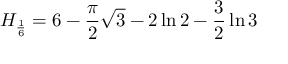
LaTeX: H _ { \frac { 1 } { 6 } } = 6 - { \frac { \pi } { 2 } } { \sqrt { 3 } } - 2 \ln { 2 } - { \frac { 3 } { 2 } } \ln { 3 }